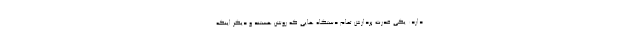
دارد: یکی قدرت پردازش تمام دستگاه هایی که روشن هستند و دیگر اینکه